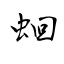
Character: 蛔